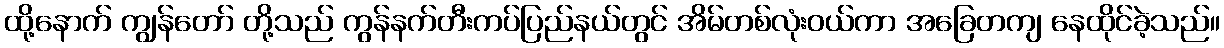
ထို့နောက် ကျွန်တော် တို့သည် ကွန်နက်တီးကပ်ပြည်နယ်တွင် အိမ်တစ်လုံးဝယ်ကာ အခြေတကျ နေထိုင်ခဲ့သည်။